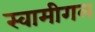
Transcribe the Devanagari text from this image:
स्वामीगल